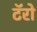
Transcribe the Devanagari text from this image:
टॅरो